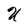
Character: U